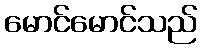
မောင်မောင်သည်